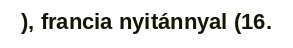
), francia nyitánnyal (16.